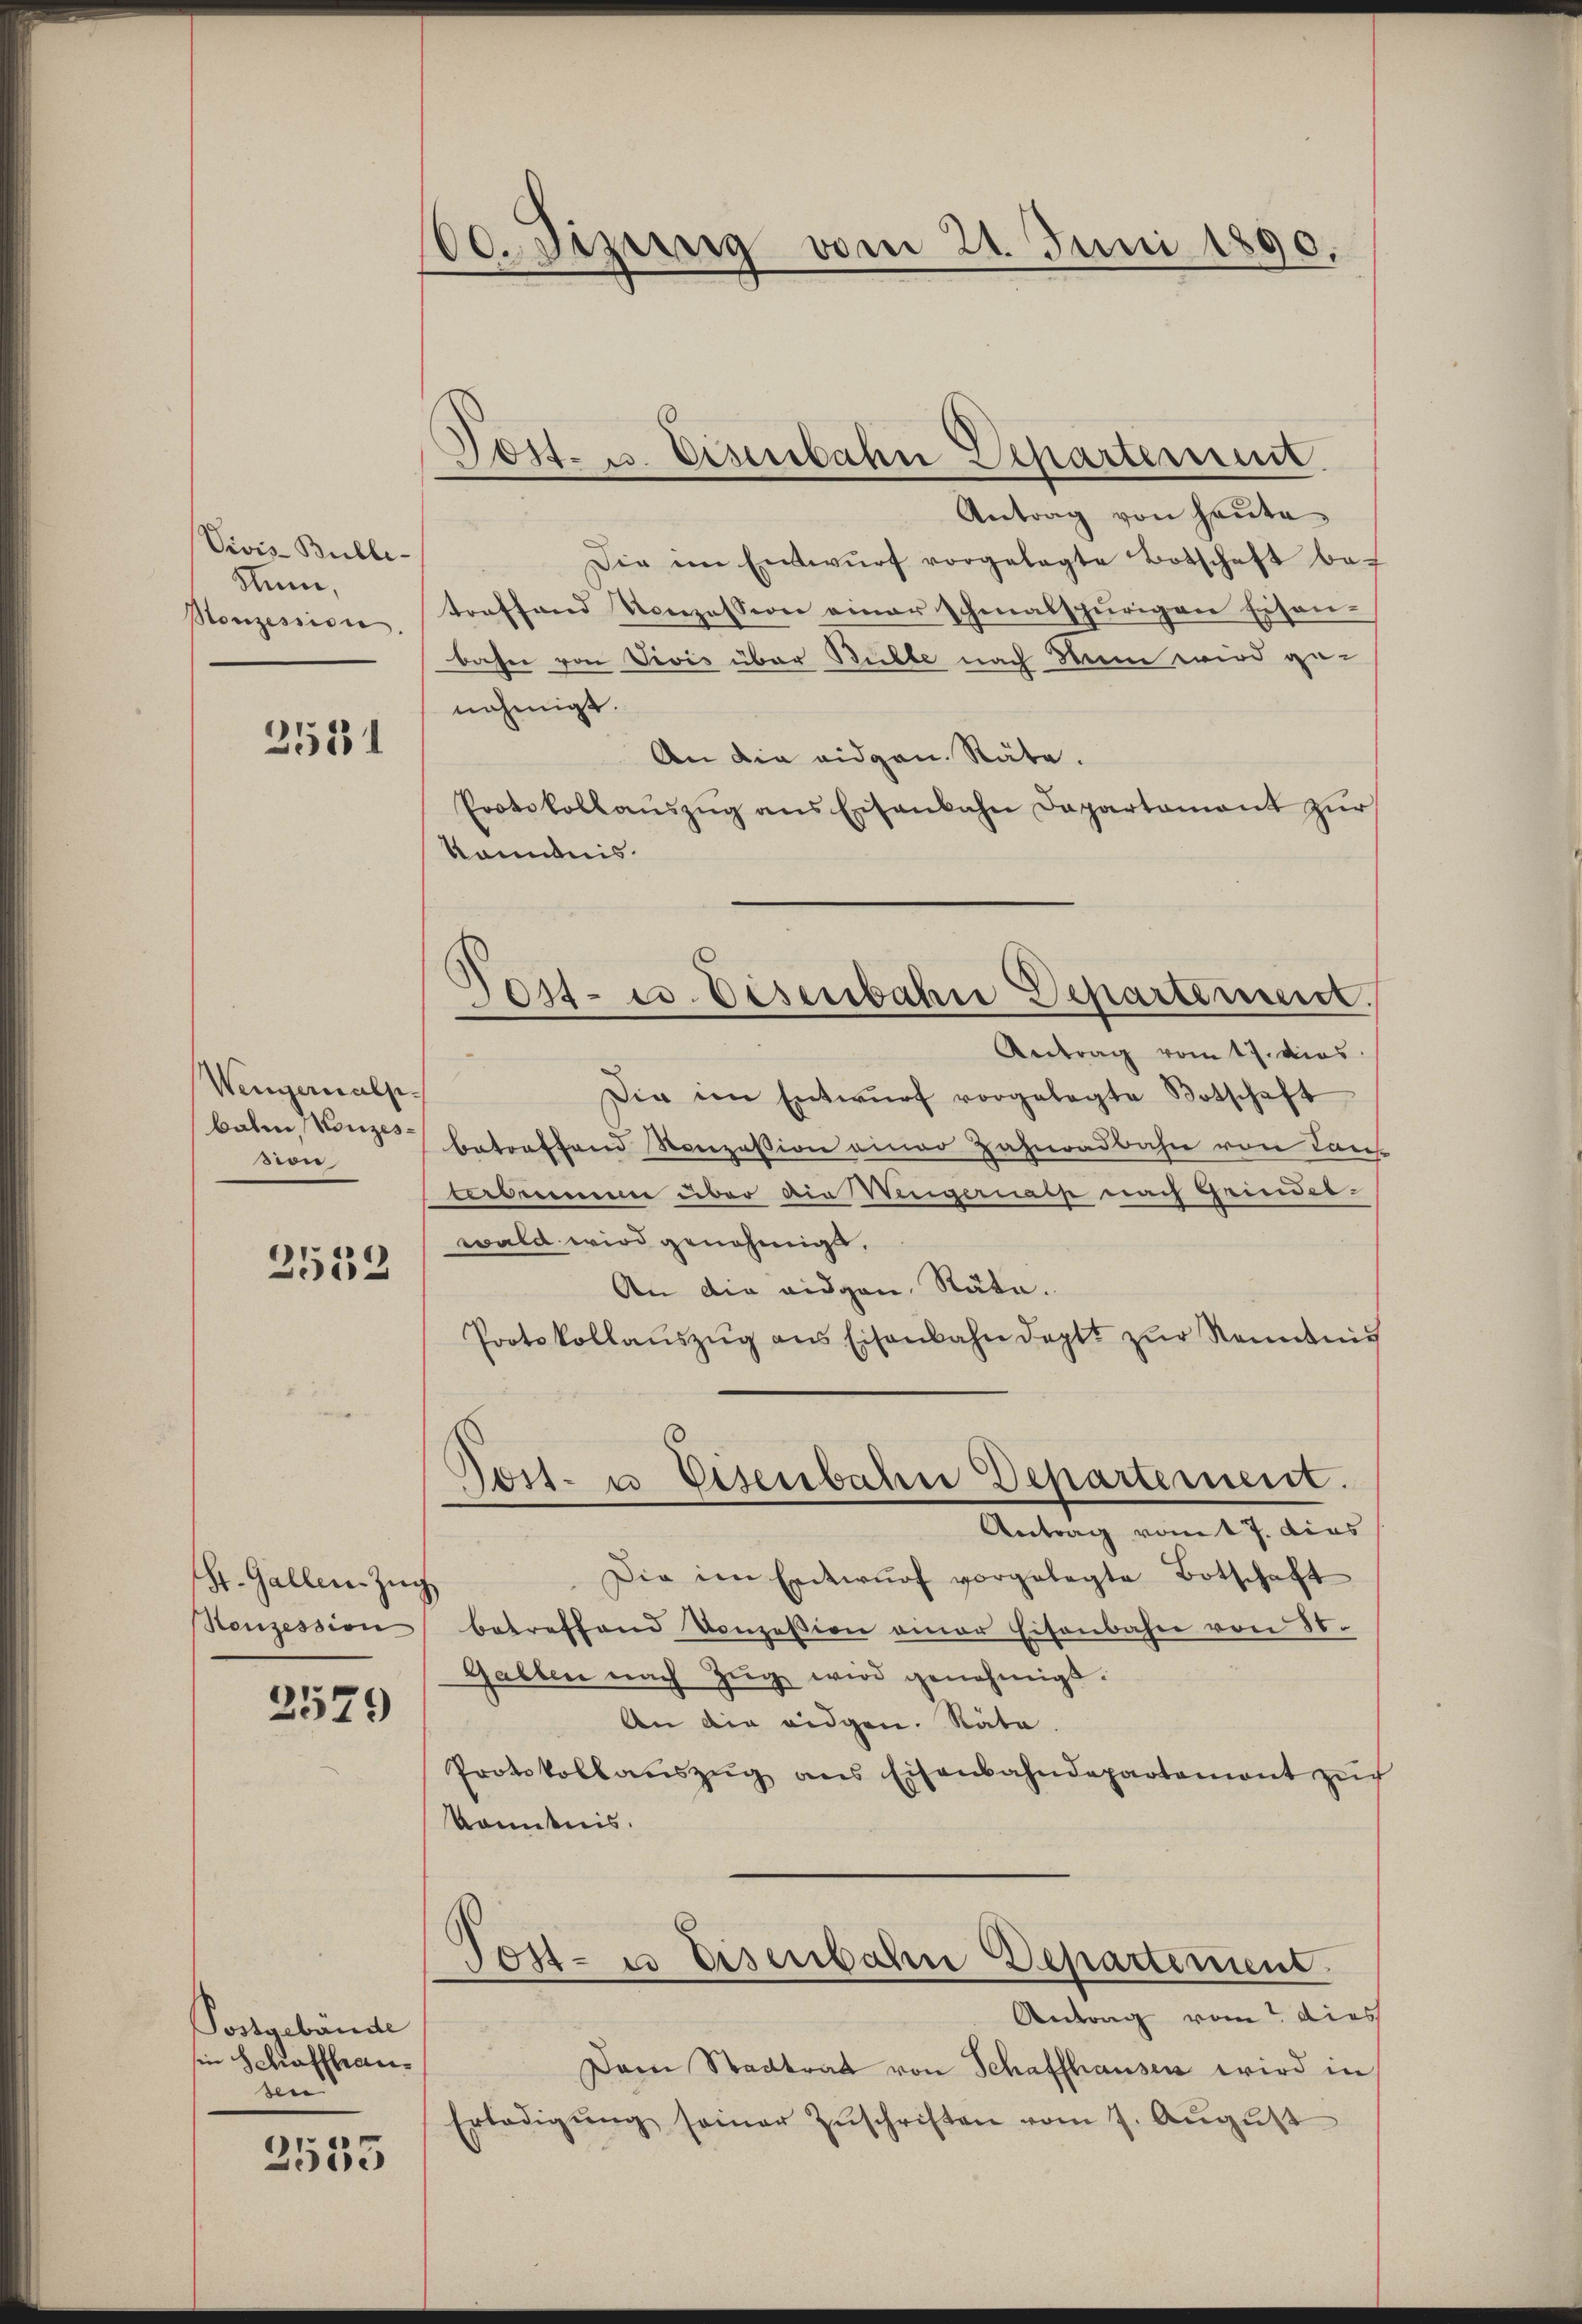
Vivis Bulle-
Num,
Honzession.

3581

Wengernalp
balen, Konzession

2532

St. Gallen Zŭg
Honzession

2579

Postgebäude
in Schaffhausen

2535

O. bezeig vom 21. Juni 1890.

)
Post- u. Deserbahn Separtement.

Tost- u. Eisenbahn Departement.

Antrag von heute
Die im Entwŭrf vorgelegte Botschaft be-
toeffend Konzession einer schmalspurigen Eisen-
bahne von Vivis über Bulle nach Mann wird ge-
nehmigt.
An die eidgen. Räte.
Protokollaŭszŭg ans Eisenbahn Departament zŭr
Kenntnis.
Antrag vom 17. dies
Die im Entwŭrf vorgelegte Botschaft
betreffend Konzession einer Zahnradbahn von Laus
terbenenen über die Wengernach nach Grinderwald wird genehmigt.
An die eidgen. Räte.
Protokollaŭszŭg ans Eisenbahndept. zŭr Romanis
Nost- u. Eisenbahn Departement.
Antrag vom 7. dies
Die im Entwŭrf vorgelegte Botschaft
betreffend Konzession einer Eisenbahn von 80.
Gallen nach Zŭg wird genehmigt.
An die eidgen. Räte.
Protokollaŭszŭg ans Eisenbahndepartement zŭ
konntnis.
Tost- u Eisenbahn Departement.
Antrag vom dies
Dem Stadtrat von Schaffhausen wird in
Erledigŭng seiner Zŭschriften vom 7. Aŭgŭst